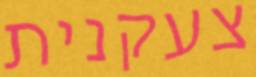
צעקנית